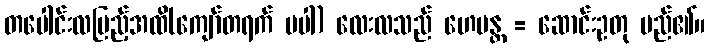
တပေါင်းလပြည့်အထိ(ကျော်တရက် မပါ) လေးလသည် ဟေမန္တ = ဆောင်းဥတု မည်၏။